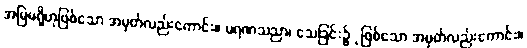
အမြဲမရှိဟုဖြစ်သော အမှတ်လည်းကောင်း။ မရဏသညာ၊ သေခြင်း၌ုဖြစ်သော အမှတ်လည်းကောင်း။